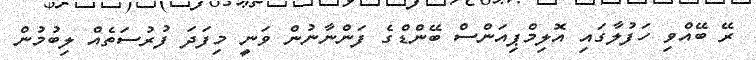
ރޭ ބޭއްވި ހަފުލާގައި އޮލިމްޕިއަންސް ބޭންޑްގެ ފަންނާނުން ވަނީ މިފަދަ ފުރުސަތެއް ލިބުމުން